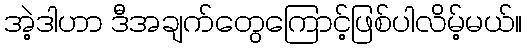
အဲ့ဒါဟာ ဒီအချက်တွေကြောင့်ဖြစ်ပါလိမ့်မယ်။